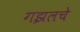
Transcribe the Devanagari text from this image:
गझलचे